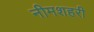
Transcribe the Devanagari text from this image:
नीमशहरी